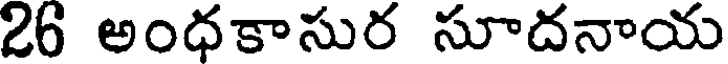
26 అంధకాసుర సూదనాయ